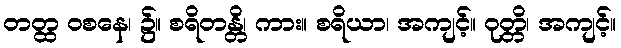
တတ္ထ ဝစနေ၊ ၌။ စရိတန္တိ၊ ကား။ စရိယာ၊ အကျင့်။ ဝုတ္တိ၊ အကျင့်။